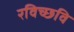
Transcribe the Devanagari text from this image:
रविच्छवि